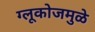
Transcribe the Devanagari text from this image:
ग्लूकोजमुळे